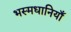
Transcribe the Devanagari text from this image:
भस्मधानियाँ